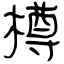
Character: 樽